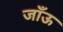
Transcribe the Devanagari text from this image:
जाँऊ